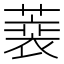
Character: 𦻫